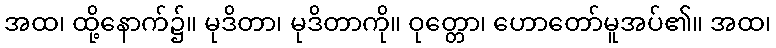
အထ၊ ထို့နောက်၌။ မုဒိတာ၊ မုဒိတာကို။ ဝုတ္တော၊ ဟောတော်မူအပ်၏။ အထ၊